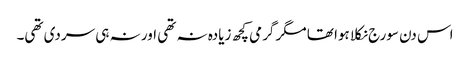
اس دن سورج نکلا ہوا تھا مگر گرمی کچھ زیادہ نہ تھی اور نہ ہی سردی تھی۔